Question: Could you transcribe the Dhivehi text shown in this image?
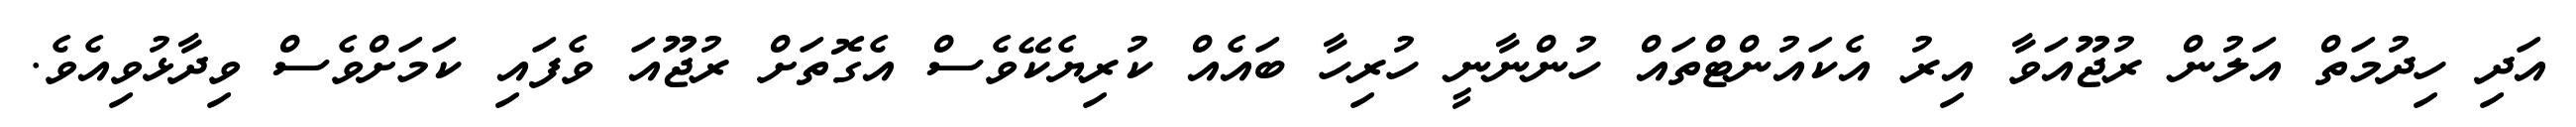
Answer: އަދި ހިދުމަތް އަލުން ރުޖޫއަވާ އިރު އެކައުންޓްތައް ހުންނާނީ ހުރިހާ ބައެއް ކުރިޔެކޭވެސް އެގޮތަށް ރުޖޫއަ ވެފައި ކަމަށްވެސް ވިދާޅުވިއެވެ.